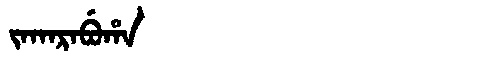
Manchu: ᠵᠠᡴᠠᡵᠠᠪᡠᡥᠠ
Romanization: JAKARABUHA